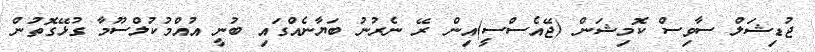
ޖުޑިޝަލް ސާވިސް ކޮމިޝަން (ޖޭއެސްސީ)އިން ރޭ ނެރުނު ބަޔާނެއްގައި ބުނީ އުއްމުކުލްސޫމާ ގުޅޭގޮތުން